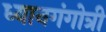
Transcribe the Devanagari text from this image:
ध्यानगंगोत्री